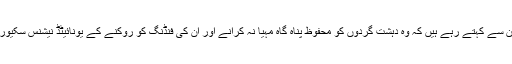
غور طلب ہے کہ ٹرمپ لگاتار پاکستان سے کہتے رہے ہیں کہ وہ دہشت گردوں کو محفوظ پناہ گاہ مہیا نہ کرانے اور ان کی فنڈنگ کو روکنے کے یونائیٹڈ نیشنس سکیورٹی کاؤنسل کے وعدے کو پورا کرے۔